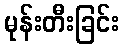
မုန်းတီးခြင်း